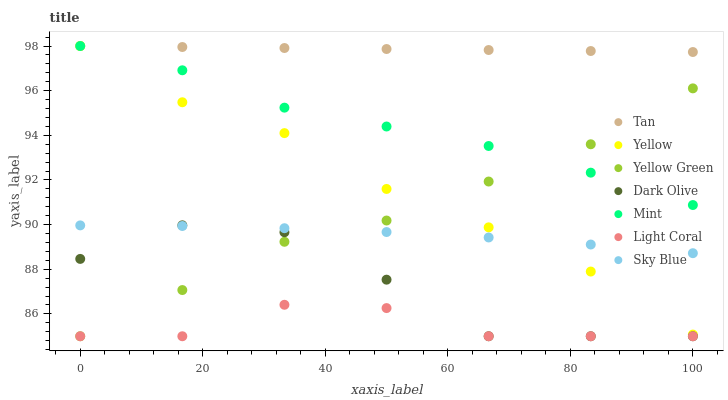
| xaxis_label | Tan | Yellow | Yellow Green | Dark Olive | Mint | Light Coral | Sky Blue |
 | --- | --- | --- | --- | --- | --- | --- | --- |
 | 0 | 98 | 98 | 85 | 88.5 | 98 | 85 | 90 |
 | 16.7 | 98 | 95.5 | 87.1 | 90 | 96.9 | 85 | 89.9 |
 | 33.3 | 97.9 | 94.1 | 89.2 | 89.7 | 95.2 | 86.4 | 89.8 |
 | 50 | 97.9 | 91.6 | 90.2 | 87.5 | 94.4 | 86.3 | 89.7 |
 | 66.7 | 97.8 | 89.9 | 91.9 | 85 | 93.5 | 85 | 89.4 |
 | 83.3 | 97.8 | 87.9 | 93.6 | 85 | 92.3 | 85 | 89.1 |
 | 100 | 97.7 | 85.1 | 96.1 | 85 | 90.9 | 85 | 88.7 |